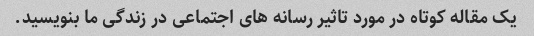
یک مقاله کوتاه در مورد تاثیر رسانه های اجتماعی در زندگی ما بنویسید.